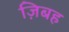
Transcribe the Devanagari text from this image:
ज़िबह